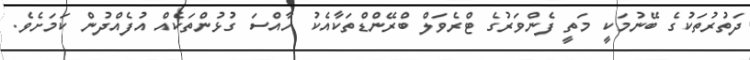
ދަތުރުތަކުގެ ބޭނުމަކީ މަތީ ފެންވަރުގެ ޓްރެވަލް ބްރޭންޑްތަކާއެކު ހާއްސަ ގުޅުންތަކެއް އުފެއްދުން ކަމަށެވެ.